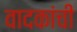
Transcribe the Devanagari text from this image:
वादकांची